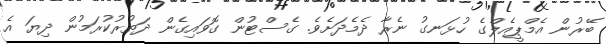
ބޭރުން އެމްޕީއެލްގެ ހުޅަނގު ނެރާ ދެމެދަށެވެ. ގެސްޓުން ގޮވައިގެން ދަތުރުކުރަމުން ދިޔަ އެ